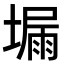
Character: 𡏺